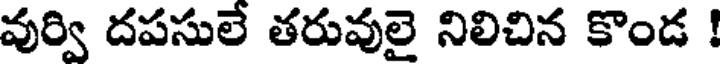
వుర్వి దపసులే తరువులై నిలిచిన కొండ